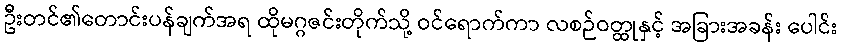
ဦးတင်၏တောင်းပန်ချက်အရ ထိုမဂ္ဂဇင်းတိုက်သို့ ဝင်ရောက်ကာ လစဉ်ဝတ္ထုနှင့် အခြားအခန်း ပေါင်း